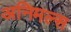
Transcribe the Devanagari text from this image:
अनिमल्स